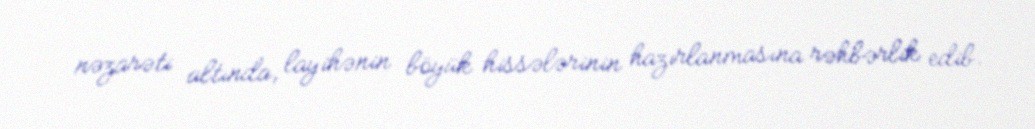
nəzarəti altında, layihənin böyük hissələrinin hazırlanmasına rəhbərlik edib.